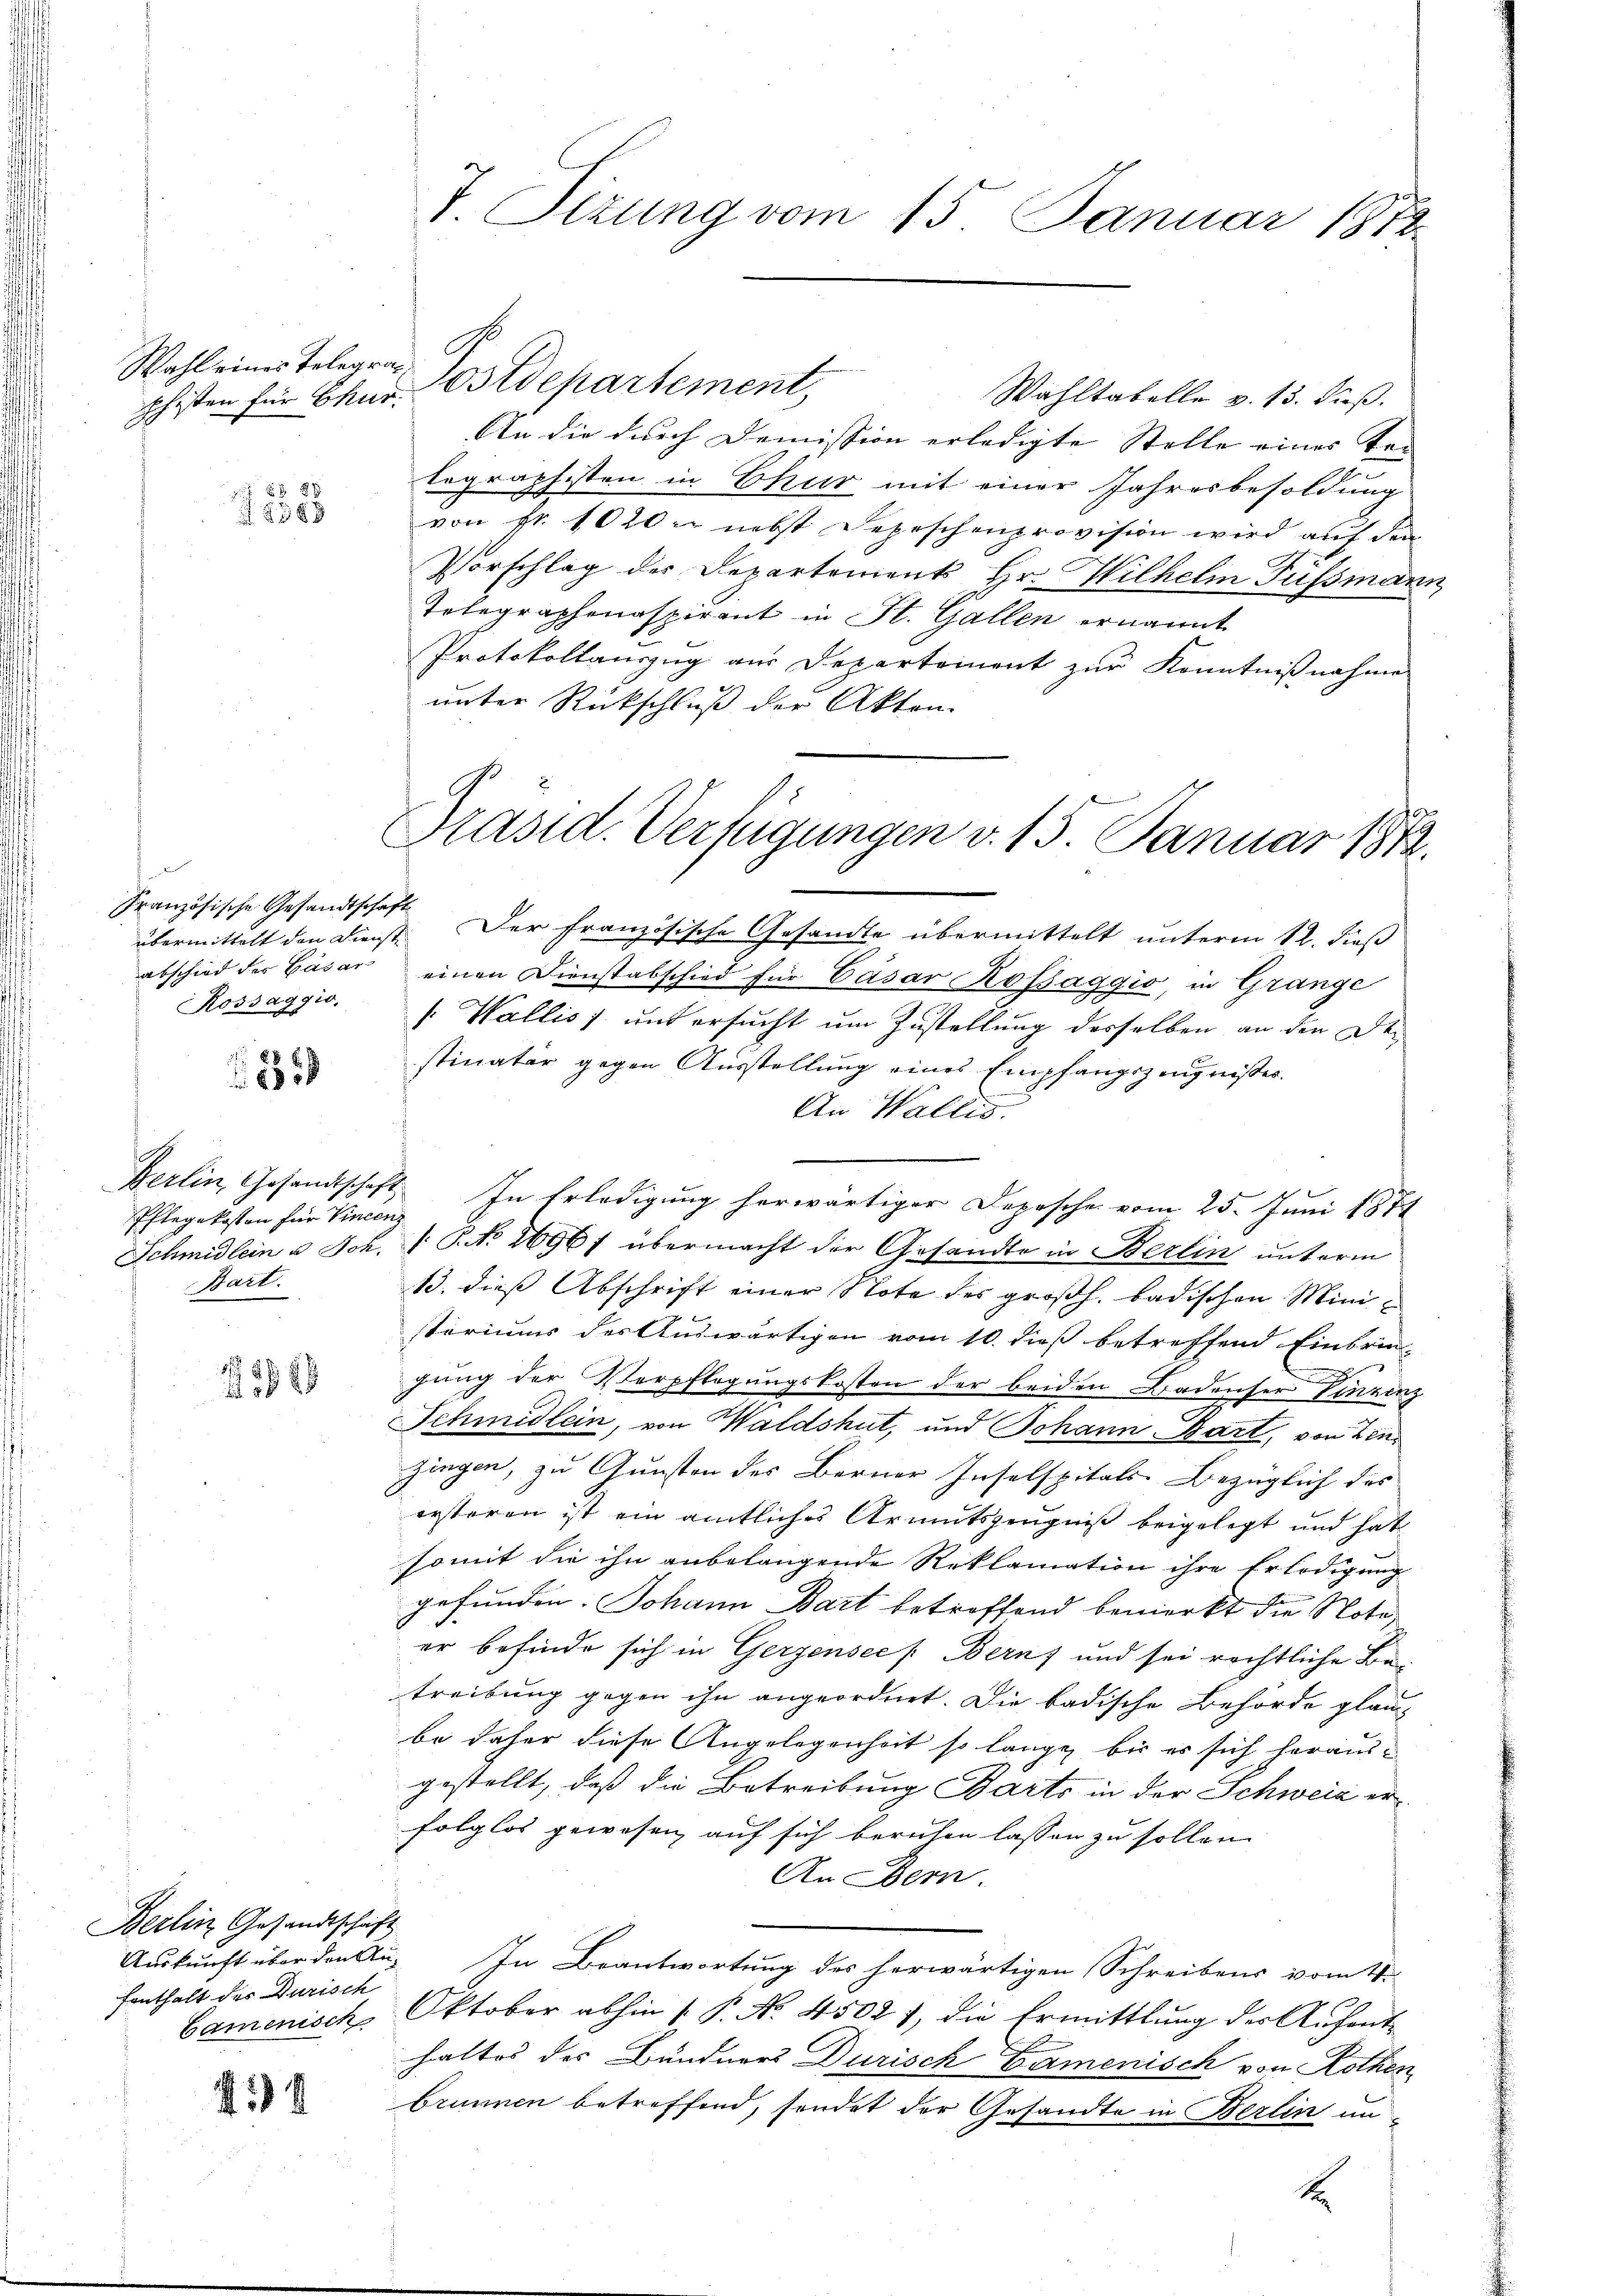
Ehesten für Chur

585

Französische Gesandtschaft
Kossaggio,

832

1
 1848

Berlin Gesandtschäft
fenthalt des Durisch

414

Pflegekosten für Vincen
Bart.

Präsid. Verfügungen v. 15. Januar 1812.

Wahltabelle v. 13. Fuß.
An die durch Demission erledigte Stelle eines Tei
tegraphisten in Chur mit einer Jahresbesoldung
von fr. 1020 nebst Depeschenprovision wird auf den
Vorschlag der Departement Hr. Wilhelm Fussmann
Telegraphenaspirant in St. Gallen ernannt
Protokollauszug aus Departement zur Kenntnißnahme
unter Rückschluß der Akten.

T. Sitzung vom 15. Januar 1872

Wahl eines Telegen Postdepartement,

übermittelt den Dienst. Der Französische Gesandte übermittelt unterm 12. dieß
abschied des Gasar einen Dienstabschied für Casar Kossaggio, in Grange
 Wallis untersucht um Zustellung desselben an den Destimater gegen Ausstellung eines Empfangszeugnisses.
An Wallis.
Gerlin, Gesandtschaft. In Erledigung herwärtiger Depesche vom 25. Juni 1871
Schmidlein u. Joh.  P. No 2696f übermacht der Gesandte in Berlin unterm
13. dieß Abschrift einer Note des großh. badischen Ministeriums des Auswärtigen vom 10. dieß betreffend Einbrin-
gung der Verpflegungskosten der beiden Badenser Vinzenz
Schmidlein, von Waldshut, und Johann Bart, von Zenzingen, zu Gunsten des Berner Inselspitals Bezüglich des
ersteren ist ein amtliches Armutszeugniß beigelegt und hat
somit die ihn anbelangende Reklamation ihre Erledigung
gefunden. Johann Bart betroffend bemerkt die Notaer befinde sich in Gerzensee   Bern, und sei rechtliche Betreibung gegen ihn angeordnet. Die badische Behörde glaube daher diese Angelegenheit so lange, bis es sich herausgestellt, daß die Betreibung Barte in der Schweid erfolglos gewesen, auf sich beruhen lassen zu sollen.
An Bern.
Auskunft über den An- In Beantwortung des herwärtigen Schreibens vom 4.
Gamenisch, Oktober abhin 1. P. No. 4502 7, die Ermittlung der Aufenthaltes des Bündners Dürisch Carmenisch von Rothen
brunnen betreffend, sondet der Gesandte in Berlin un-
t